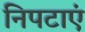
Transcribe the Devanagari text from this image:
निपटाएं